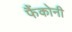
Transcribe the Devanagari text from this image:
फैंकोनी